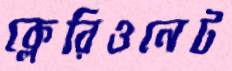
ক্লেরিওনেট